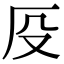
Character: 𠨻